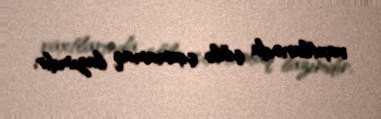
vaxtlarında çölə çıxmamaq lazımdır.